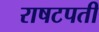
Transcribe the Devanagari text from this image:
राषटपती